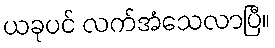
ယခုပင် လက်အံသေလာပြီ။